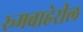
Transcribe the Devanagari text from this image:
रूमबाहेरील